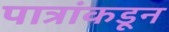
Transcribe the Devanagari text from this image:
पात्रांकडून